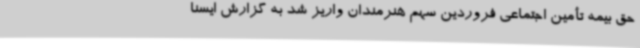
حق بیمه تأمین اجتماعی فروردین سهم هنرمندان واریز شد به گزارش ایسنا